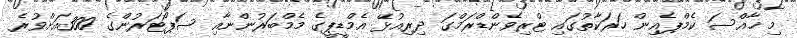
މި ޚާއްސަ ކެމްޕެއިން ހަރަކާތުގައި ޓްރިވެންޑްރަމްގަ ދިރިއުޅޭ އެމްޑީޕީގެ މެމްބަރުންނާއި ސަޕޯޓަރުންގެ 300އަށްވުރެ